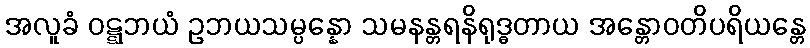
အလူခံ ဝဋ္ဋဘယံ ဥဘယသမ္ပန္နော သမနန္တရနိရုဒ္ဓတာယ အန္တောဝတိပရိယန္တေ